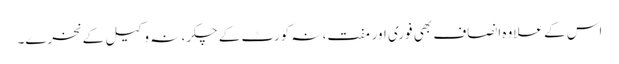
اس کے علاوہ انصاف بھی فوری اور مفت، نہ کورٹ کے چکر، نہ وکیل کے نخرے۔